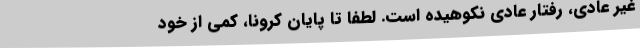
غیر عادی، رفتار عادی نکوهیده است. لطفا تا پایان کرونا، کمی از خود